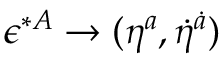
\epsilon ^ { * A } \to ( \eta ^ { a } , \dot { \eta } ^ { \dot { a } } )